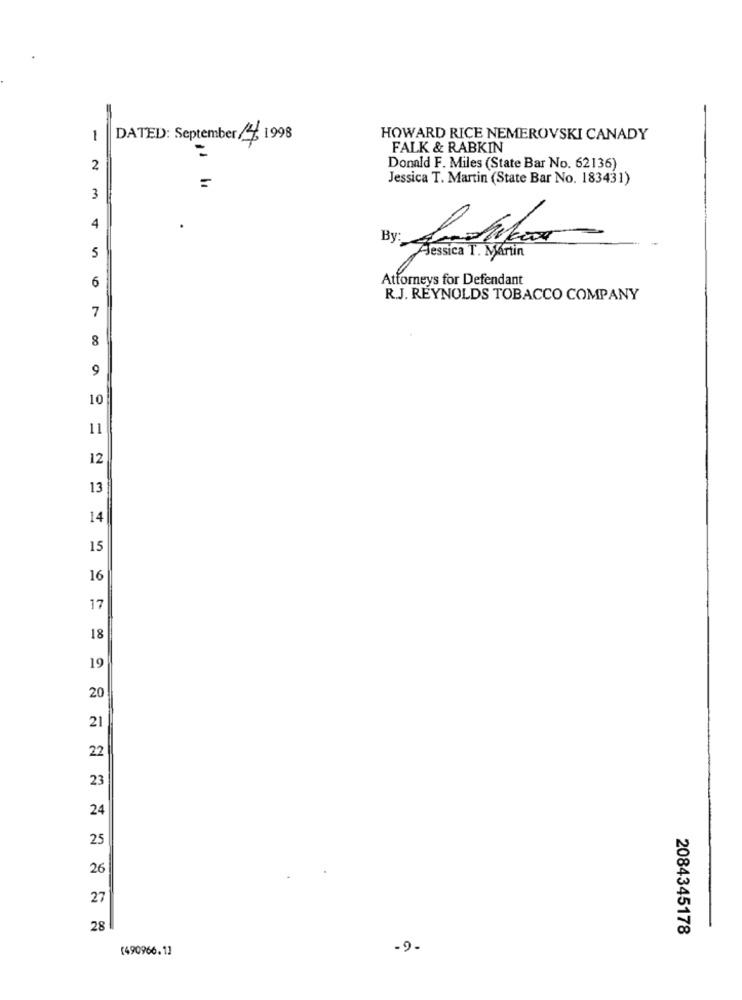
-
DATED: September 4 1998
HOWARD RICE NEMEROVSKI CANADY
FALK & RABKIN
2
Donald F. Miles (State Bar No. 62136)
Jessica T. Martin (State Bar No. 183431)
3
4
5
Jessica T. Martin
6
Attorneys for Defendant
R.J. REYNOLDS TOBACCO COMPANY
7
8
9
10
11
12
13
14
15
16
17
18
19
20
21
22
23
24
25
26
27
28
2084345178
(490966.1]
-9.